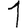
Digit: 1